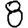
Digit: 8